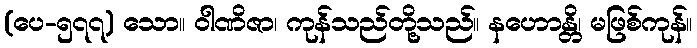
(ပေ-၅၇၇) သော။ ဝါဏိဇာ၊ ကုန်သည်တို့သည်။ နဟောန္တိ၊ မဖြစ်ကုန်။